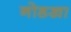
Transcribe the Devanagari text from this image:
नोडखा